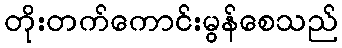
တိုးတက်ကောင်းမွန်စေသည်